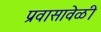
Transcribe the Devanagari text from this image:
प्रवासावेळी